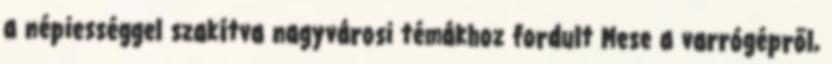
a népiességgel szakítva nagyvárosi témákhoz fordult Mese a varrógépről,